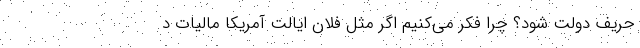
حریف دولت شود؟ چرا فکر می‌کنیم اگر مثل فلان ایالت آمریکا مالیات د